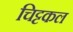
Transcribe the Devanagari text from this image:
चिट्टकल